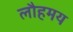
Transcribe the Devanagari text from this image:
लौहमय